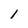
Character: 1